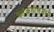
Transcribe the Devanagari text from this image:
ब्लॅकहोलमध्ये